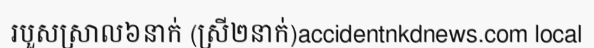
របួសស្រាល៦នាក់ (ស្រី២នាក់)accidentnkdnews.com local